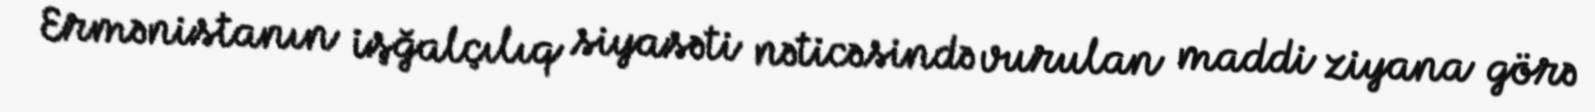
Ermənistanın işğalçılıq siyasəti nəticəsində vurulan maddi ziyana görə